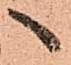
へ